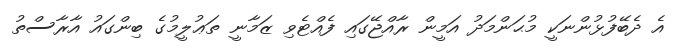
އެ ދެބޭފުޅުންނަކީ މުޙަންމަދު އަމީން ރާއްޖޭގައި ފެއްޓެވި ޒަމާނީ ތަޢުލީމުގެ ބިންގައު އާރާސްތު